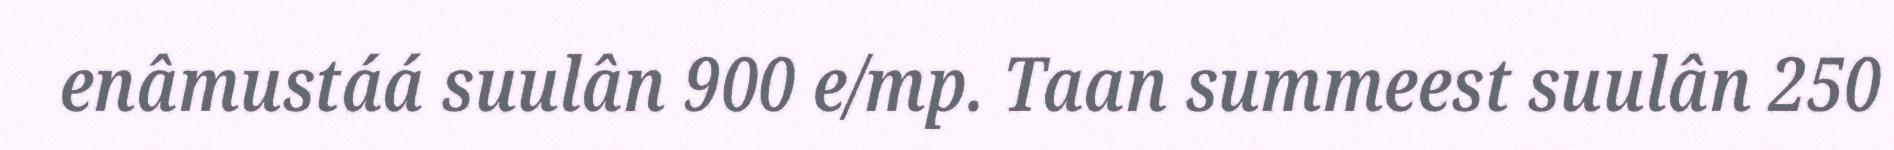
enâmustáá suulân 900 e/mp. Taan summeest suulân 250